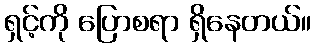
ရှင့်ကို ပြောစရာ ရှိနေတယ်။